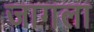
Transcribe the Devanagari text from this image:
जागला